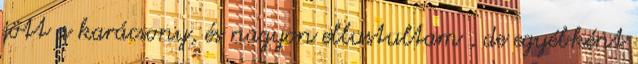
jött a karácsony, és nagyon ellustultam , de egyébként